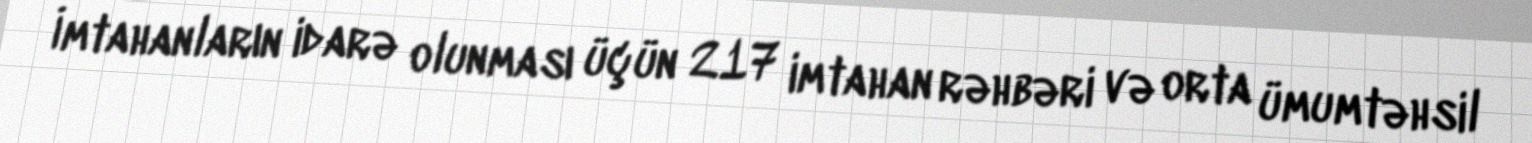
İmtahanların idarə olunması üçün 217 imtahan rəhbəri və orta ümumtəhsil